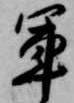
軍